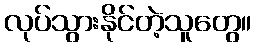
လုပ်သွားနိုင်တဲ့သူတွေ။